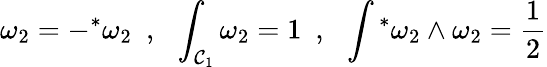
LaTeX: \omega_{2}=-{}^{*}\omega_{2}~~,~~\int_{{\cal C}_{1}}\omega_{2}=1~~,~~\int{}^{*}\omega_{2}\wedge\omega_{2}=\frac{1}{2}